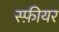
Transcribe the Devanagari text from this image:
स्फ़ीयर